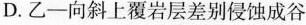
D.乙-向斜上覆岩层差别侵蚀成谷